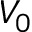
V _ { 0 }